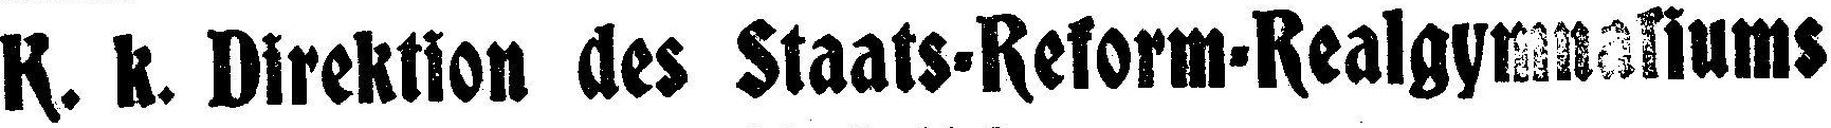
K. k. Direktion des Staats=Reform=Realgymnasiums